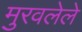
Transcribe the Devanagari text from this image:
मुरवलेले